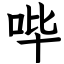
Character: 哔